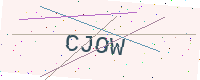
Text: CJOW